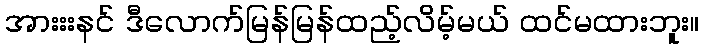
အားးးနင် ဒီလောက်မြန်မြန်ထည့်လိမ့်မယ် ထင်မထားဘူး။